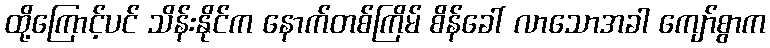
ထို့ကြောင့်ပင် သိန်းနိုင်က နောက်တစ်ကြိမ် စိန်ခေါ် လာသောအခါ ကျော်စွာက